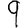
Digit: 9